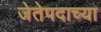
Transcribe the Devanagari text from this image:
जेतेपदाच्या